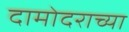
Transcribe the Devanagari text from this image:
दामोदराच्या